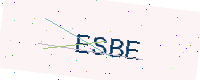
Text: ESBE